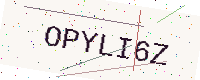
Text: OPYLI6Z